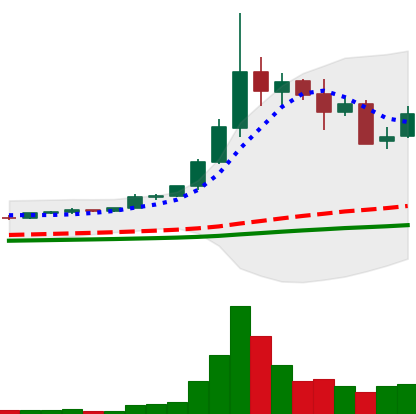
Ticker: ETC-USD
Chart end date: 2021-05-14
Forward return: -42.259%
Label: down_7plus